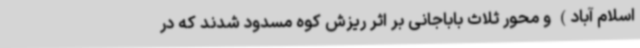
اسلام آباد) و محور ثلاث باباجانی بر اثر ریزش کوه مسدود شدند که در